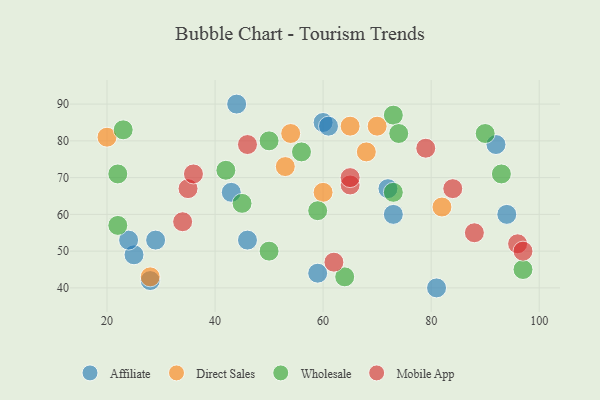
{"axis": {"x": "GDP", "y": "Life Expectancy"}, "legend": ["Affiliate", "Direct Sales", "Mobile App", "Wholesale"], "data": [{"x": "94", "y": 60, "type": "Affiliate"}, {"x": "60", "y": 85, "type": "Affiliate"}, {"x": "28", "y": 42, "type": "Affiliate"}, {"x": "25", "y": 49, "type": "Affiliate"}, {"x": "92", "y": 79, "type": "Affiliate"}, {"x": "72", "y": 67, "type": "Affiliate"}, {"x": "24", "y": 53, "type": "Affiliate"}, {"x": "43", "y": 66, "type": "Affiliate"}, {"x": "59", "y": 44, "type": "Affiliate"}, {"x": "81", "y": 40, "type": "Affiliate"}, {"x": "29", "y": 53, "type": "Affiliate"}, {"x": "46", "y": 53, "type": "Affiliate"}, {"x": "44", "y": 90, "type": "Affiliate"}, {"x": "61", "y": 84, "type": "Affiliate"}, {"x": "73", "y": 60, "type": "Affiliate"}, {"x": "54", "y": 82, "type": "Direct Sales"}, {"x": "53", "y": 73, "type": "Direct Sales"}, {"x": "70", "y": 84, "type": "Direct Sales"}, {"x": "28", "y": 43, "type": "Direct Sales"}, {"x": "65", "y": 84, "type": "Direct Sales"}, {"x": "68", "y": 77, "type": "Direct Sales"}, {"x": "60", "y": 66, "type": "Direct Sales"}, {"x": "82", "y": 62, "type": "Direct Sales"}, {"x": "20", "y": 81, "type": "Direct Sales"}, {"x": "64", "y": 43, "type": "Wholesale"}, {"x": "93", "y": 71, "type": "Wholesale"}, {"x": "50", "y": 80, "type": "Wholesale"}, {"x": "97", "y": 45, "type": "Wholesale"}, {"x": "22", "y": 57, "type": "Wholesale"}, {"x": "73", "y": 66, "type": "Wholesale"}, {"x": "59", "y": 61, "type": "Wholesale"}, {"x": "73", "y": 87, "type": "Wholesale"}, {"x": "74", "y": 82, "type": "Wholesale"}, {"x": "90", "y": 82, "type": "Wholesale"}, {"x": "56", "y": 77, "type": "Wholesale"}, {"x": "23", "y": 83, "type": "Wholesale"}, {"x": "22", "y": 71, "type": "Wholesale"}, {"x": "45", "y": 63, "type": "Wholesale"}, {"x": "42", "y": 72, "type": "Wholesale"}, {"x": "50", "y": 50, "type": "Wholesale"}, {"x": "84", "y": 67, "type": "Mobile App"}, {"x": "96", "y": 52, "type": "Mobile App"}, {"x": "88", "y": 55, "type": "Mobile App"}, {"x": "97", "y": 50, "type": "Mobile App"}, {"x": "65", "y": 68, "type": "Mobile App"}, {"x": "46", "y": 79, "type": "Mobile App"}, {"x": "34", "y": 58, "type": "Mobile App"}, {"x": "35", "y": 67, "type": "Mobile App"}, {"x": "79", "y": 78, "type": "Mobile App"}, {"x": "65", "y": 70, "type": "Mobile App"}, {"x": "36", "y": 71, "type": "Mobile App"}, {"x": "62", "y": 47, "type": "Mobile App"}]}